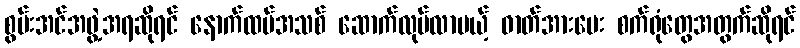
စွမ်းအင်အဖွဲ့အရဆိုရင် နောက်ထပ်အသစ် ဆောက်လုပ်လာမယ့် ဓာတ်အားပေး စက်ရုံတွေအတွက်ဆိုရင်